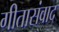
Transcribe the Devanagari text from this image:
गीतासंवाद